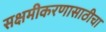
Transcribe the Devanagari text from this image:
सक्षमीकरणासाठीचा